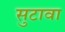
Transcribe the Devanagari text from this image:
सुटावा